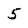
Character: 5